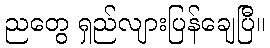
ညတွေ ရှည်လျားပြန်ချေပြီ။